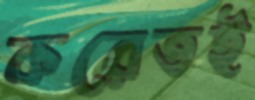
করেতই